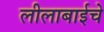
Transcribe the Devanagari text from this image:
लीलाबाईचे